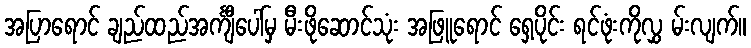
အပြာရောင် ချည်ထည်အင်္ကျီပေါ်မှ မီးဖိုဆောင်သုံး အဖြူရောင် ရှေ့ပိုင်း ရင်ဖုံးကိုလွှ မ်းလျက်။